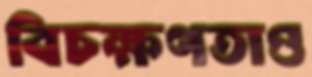
বিচক্ষণতাও